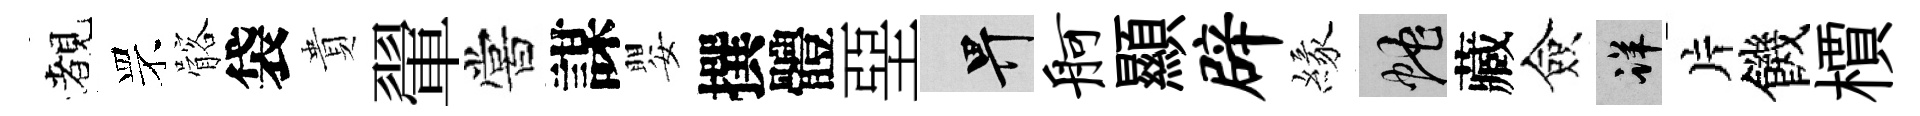
覩罘髂袋貴翬嘗謀嬰撰體堊畀舸顯辟緣蛇藏僉详片饑檟